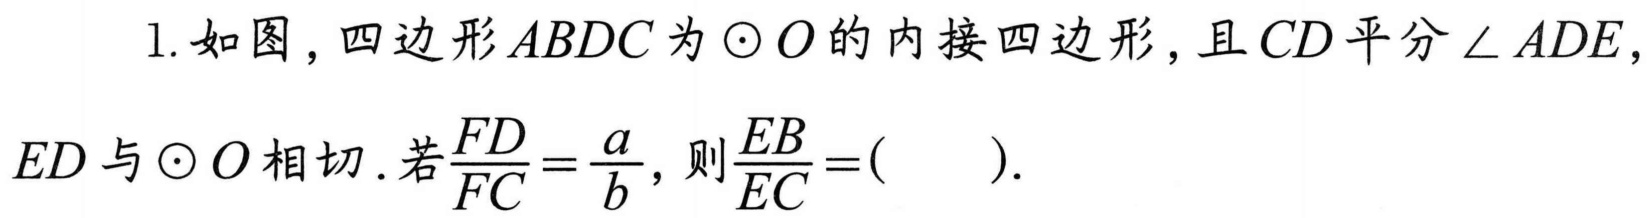
1. 如图，四边形\(ABDC\)为\(\odot O\)的内接四边形，且\(CD\)平分\(\angle ADE\)，
\(ED\)与\(\odot O\)相切. 若\(\frac{FD}{FC}=\frac{a}{b}\)，则\(\frac{EB}{EC}=(\quad\quad)\).